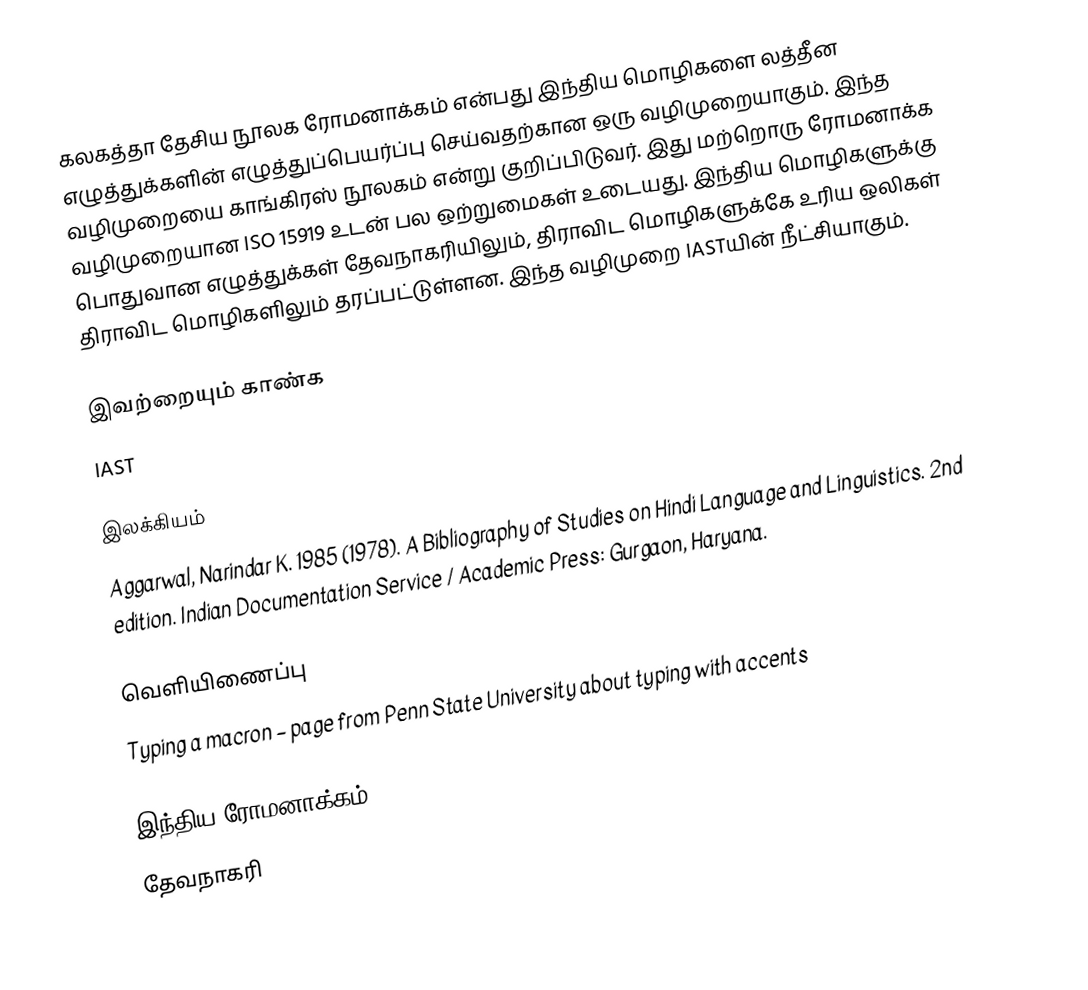
கலகத்தா தேசிய நூலக ரோமனாக்கம் என்பது இந்திய மொழிகளை லத்தீன எழுத்துக்களின் எழுத்துப்பெயர்ப்பு செய்வதற்கான ஒரு வழிமுறையாகும். இந்த வழிமுறையை காங்கிரஸ் நூலகம் என்று குறிப்பிடுவர். இது மற்றொரு ரோமனாக்க வழிமுறையான ISO 15919 உடன் பல ஒற்றுமைகள் உடையது. இந்திய மொழிகளுக்கு பொதுவான எழுத்துக்கள் தேவநாகரியிலும், திராவிட மொழிகளுக்கே உரிய ஒலிகள் திராவிட மொழிகளிலும் தரப்பட்டுள்ளன. இந்த வழிமுறை IASTயின் நீட்சியாகும்.

இவற்றையும் காண்க
 IAST

இலக்கியம்
 Aggarwal, Narindar K. 1985 (1978). A Bibliography of Studies on Hindi Language and Linguistics. 2nd edition. Indian Documentation Service / Academic Press: Gurgaon, Haryana.

வெளியிணைப்பு
Typing a macron – page from Penn State University about typing with accents

இந்திய ரோமனாக்கம்
தேவநாகரி